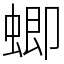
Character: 蝍